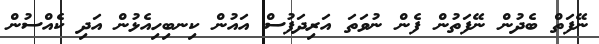
ނޭފަތް ބެދުން ނޭފަތުން ފެން ނުވަތަ އަރިދަފުސް އައުން ކިނބިހިއެޅުން އަދި ކެއްސުން